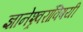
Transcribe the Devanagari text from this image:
ज्ञानेश्र्वरांविषयी